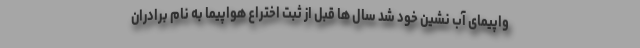
واپیمای آب نشین خود شد سال ها قبل از ثبت اختراع هواپیما به نام برادران